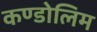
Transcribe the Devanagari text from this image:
कण्डोलिम